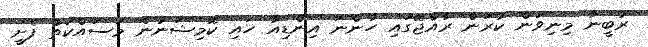
ރުބީނާ މިނިވަން ކުރަން ރާއްޖޭގައި ހުންނަ އިންޑިއާ ހައި ކޮމިޝަނުން މަސައްކަތް ފެށީ